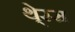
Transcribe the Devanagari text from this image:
थे्रस